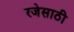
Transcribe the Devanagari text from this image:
रजेसाठी